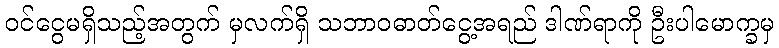
ဝင်ငွေမရှိသည့်အတွက် မှလက်ရှိ သဘာဝဓာတ်ငွေ့အရည် ဒါဏ်ရာကို ဦးပါမောက္ခမှ